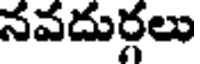
నవదుర్గలు